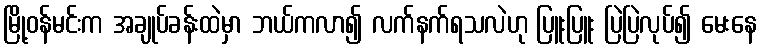
မြို့ဝန်မင်းက အချုပ်ခန်းထဲမှာ ဘယ်ကလာ၍ လက်နက်ရသလဲဟု ပြူးပြူး ပြဲပြဲလုပ်၍ မေးနေ